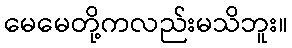
မေမေတို့ကလည်းမသိဘူး။